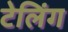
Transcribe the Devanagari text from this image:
टेलिंग